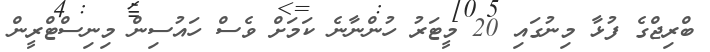
ބްރިޖްގެ ފުޅާ މިނުގައި 20 މީޓަރު ހުންނާނެ ކަަމަށް ވެސް ހައުސިން މިނިސްޓްރީން